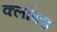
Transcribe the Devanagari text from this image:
क्लॉक्ड